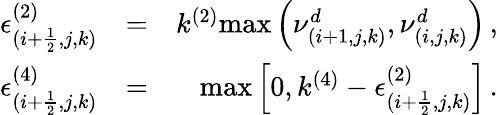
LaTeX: \begin{array}{rlr}{\epsilon_{(i+\frac{1}{2},j,k)}^{(2)}}&{=}&{k^{(2)}\mathrm{max}\left(\nu_{(i+1,j,k)}^{d},\nu_{(i,j,k)}^{d}\right)\, \mathrm{,}}\\ {\epsilon_{(i+\frac{1}{2},j,k)}^{(4)}}&{=}&{\mathrm{max}\left[0,k^{(4)}-\epsilon_{(i+\frac{1}{2},j,k)}^{(2)}\right]\, \mathrm{.}}\end{array}